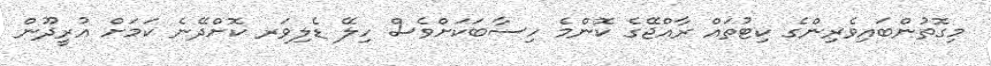
މިގޮތުންބައިވެރިންގެ ކިޓުތައް ރާއްޖޭގެ ކޮންމެ ހިސާބަކަށްވެސް ހިލޭ ޑެލިވަރ ކޮށްދޭނެ ކަމަށް އުރީދޫން